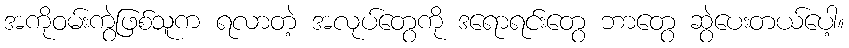
အကိုဝမ်းကွဲဖြစ်သူက ရလာတဲ့ အလုပ်တွေကို ဒရောရင်းတွေ ဘာတွေ ဆွဲပေးတယ်ပေါ့။